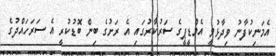
އެމަނިކުފާނު ވިދާޅުވީ އެމްޑީޕީގެ ސަރުކާރުގައި އެ ރަށުގެ ބިން ބޮޑުކުރީ އެ ސަރަހައްދުގެ